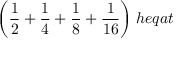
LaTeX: { \bigg ( } { \frac { 1 } { 2 } } + { \frac { 1 } { 4 } } + { \frac { 1 } { 8 } } + { \frac { 1 } { 1 6 } } { \bigg ) } \; h e q a t